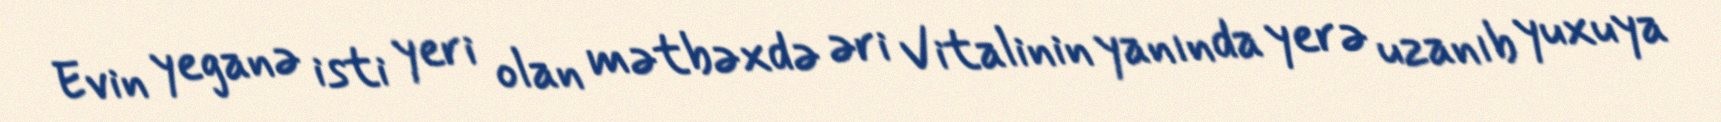
Evin yeganə isti yeri olan mətbəxdə əri Vitalinin yanında yerə uzanıb yuxuya